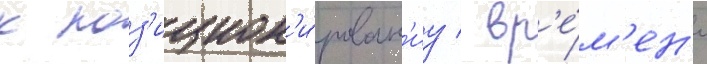
к поз'ицион'и́рован'иу / вр'е́м'ен'и